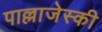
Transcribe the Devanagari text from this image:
पाल्लाजेस्की